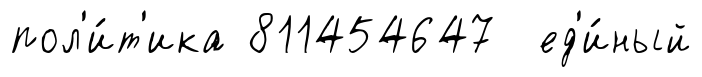
пол'и́т'ика 811454647 ед'и́ный